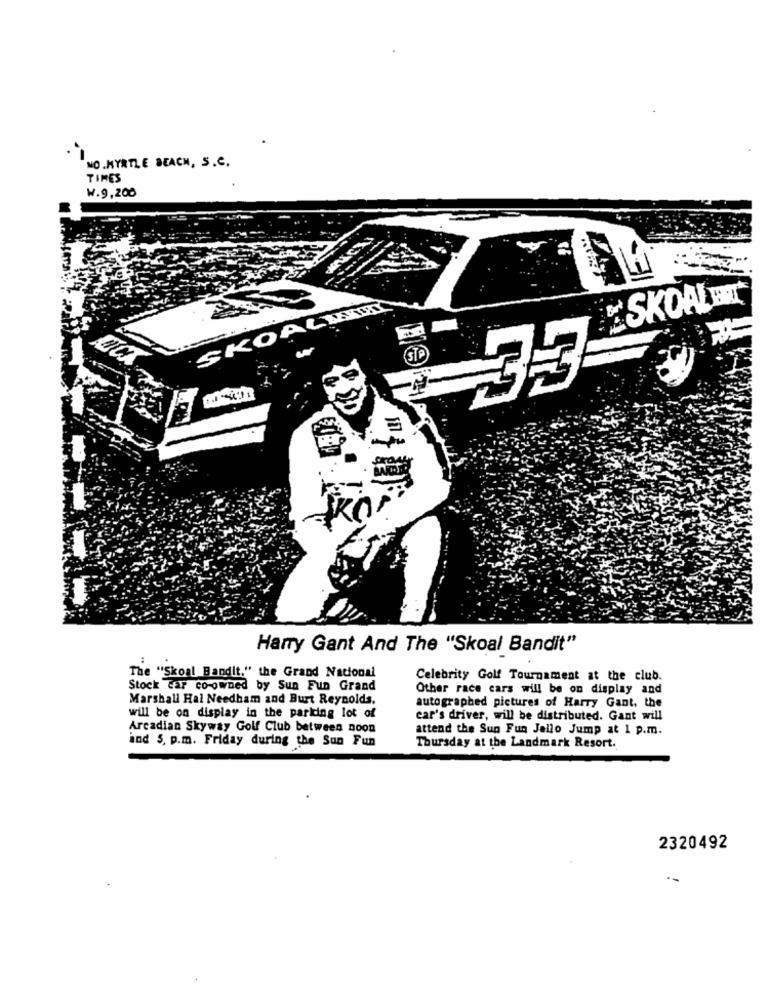
NO .MYRTLE BEACH, S.C.
TIMES
₩.9,200
SKOALHET
SKOALMANIN
STP
33
Harry Gant And The "Skoal Bandit"
The "Skoal Bandit." the Grand National
Celebrity Golf Tournament at the club.
Stock car co-owned by Sun Fun Grand
Other race cars will be on display and
Marshall Hal Needham and Burt Reynolds.
autographed pictures of Harry Gant, the
will be on display in the parking lot of
car's driver, will be distributed. Gant will
Arcadian Skyway Golf Club between noon
attend the Sun Fun Jello Jump at 1 p.m.
ind 5, p.m. Friday during the Sun Fun
Thursday at the Landmark Resort.
2320492